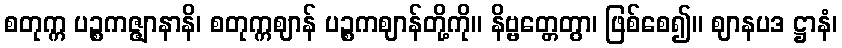
စတုက္က ပဉ္စကဇ္ဇျာနာနိ၊ စတုက္ကဈာန် ပဉ္စကဈာန်တို့ကို။ နိဗ္ဗတ္တေတွာ၊ ဖြစ်စေ၍။ ဈာနပဒ ဋ္ဌာနံ၊